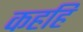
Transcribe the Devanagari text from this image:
कहहि